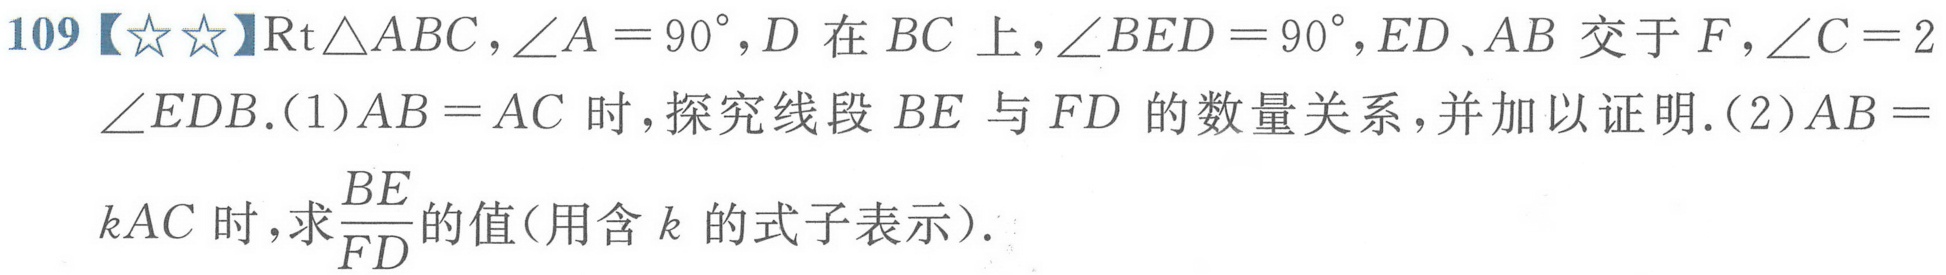
109【☆☆】\(\mathrm{Rt}\triangle ABC\)，\(\angle A = 90^{\circ}\)，\(D\)在\(BC\)上，\(\angle BED = 90^{\circ}\)，\(ED\)、\(AB\)交于\(F\)，\(\angle C = 2\angle EDB\).(1)\(AB = AC\)时，探究线段\(BE\)与\(FD\)的数量关系，并加以证明.(2)\(AB = kAC\)时，求\(\dfrac{BE}{FD}\)的值（用含\(k\)的式子表示）.